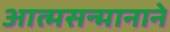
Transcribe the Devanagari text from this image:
आत्मसन्मानाने